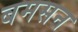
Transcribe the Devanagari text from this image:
बमसन